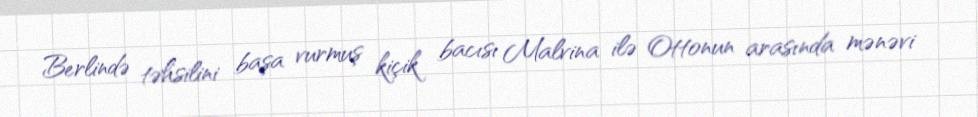
Berlində təhsilini başa vurmuş kiçik bacısı Malvina ilə Ottonun arasında mənəvi